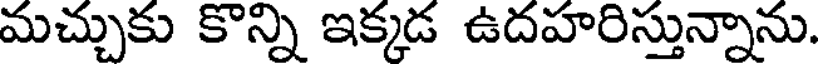
మచ్చుకు కొన్ని ఇక్కడ ఉదహరిస్తున్నాను.